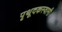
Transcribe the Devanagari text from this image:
पृथूदकस्वामी